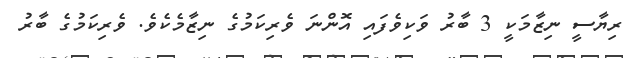
ރިޔާސީ ނިޒާމަކީ 3 ބާރު ވަކިވެފައި އޮންނަ ވެރިކަމުގެ ނިޒާމެކެވެ. ވެރިކަމުގެ ބާރު